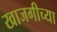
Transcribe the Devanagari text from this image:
खाजगीच्या